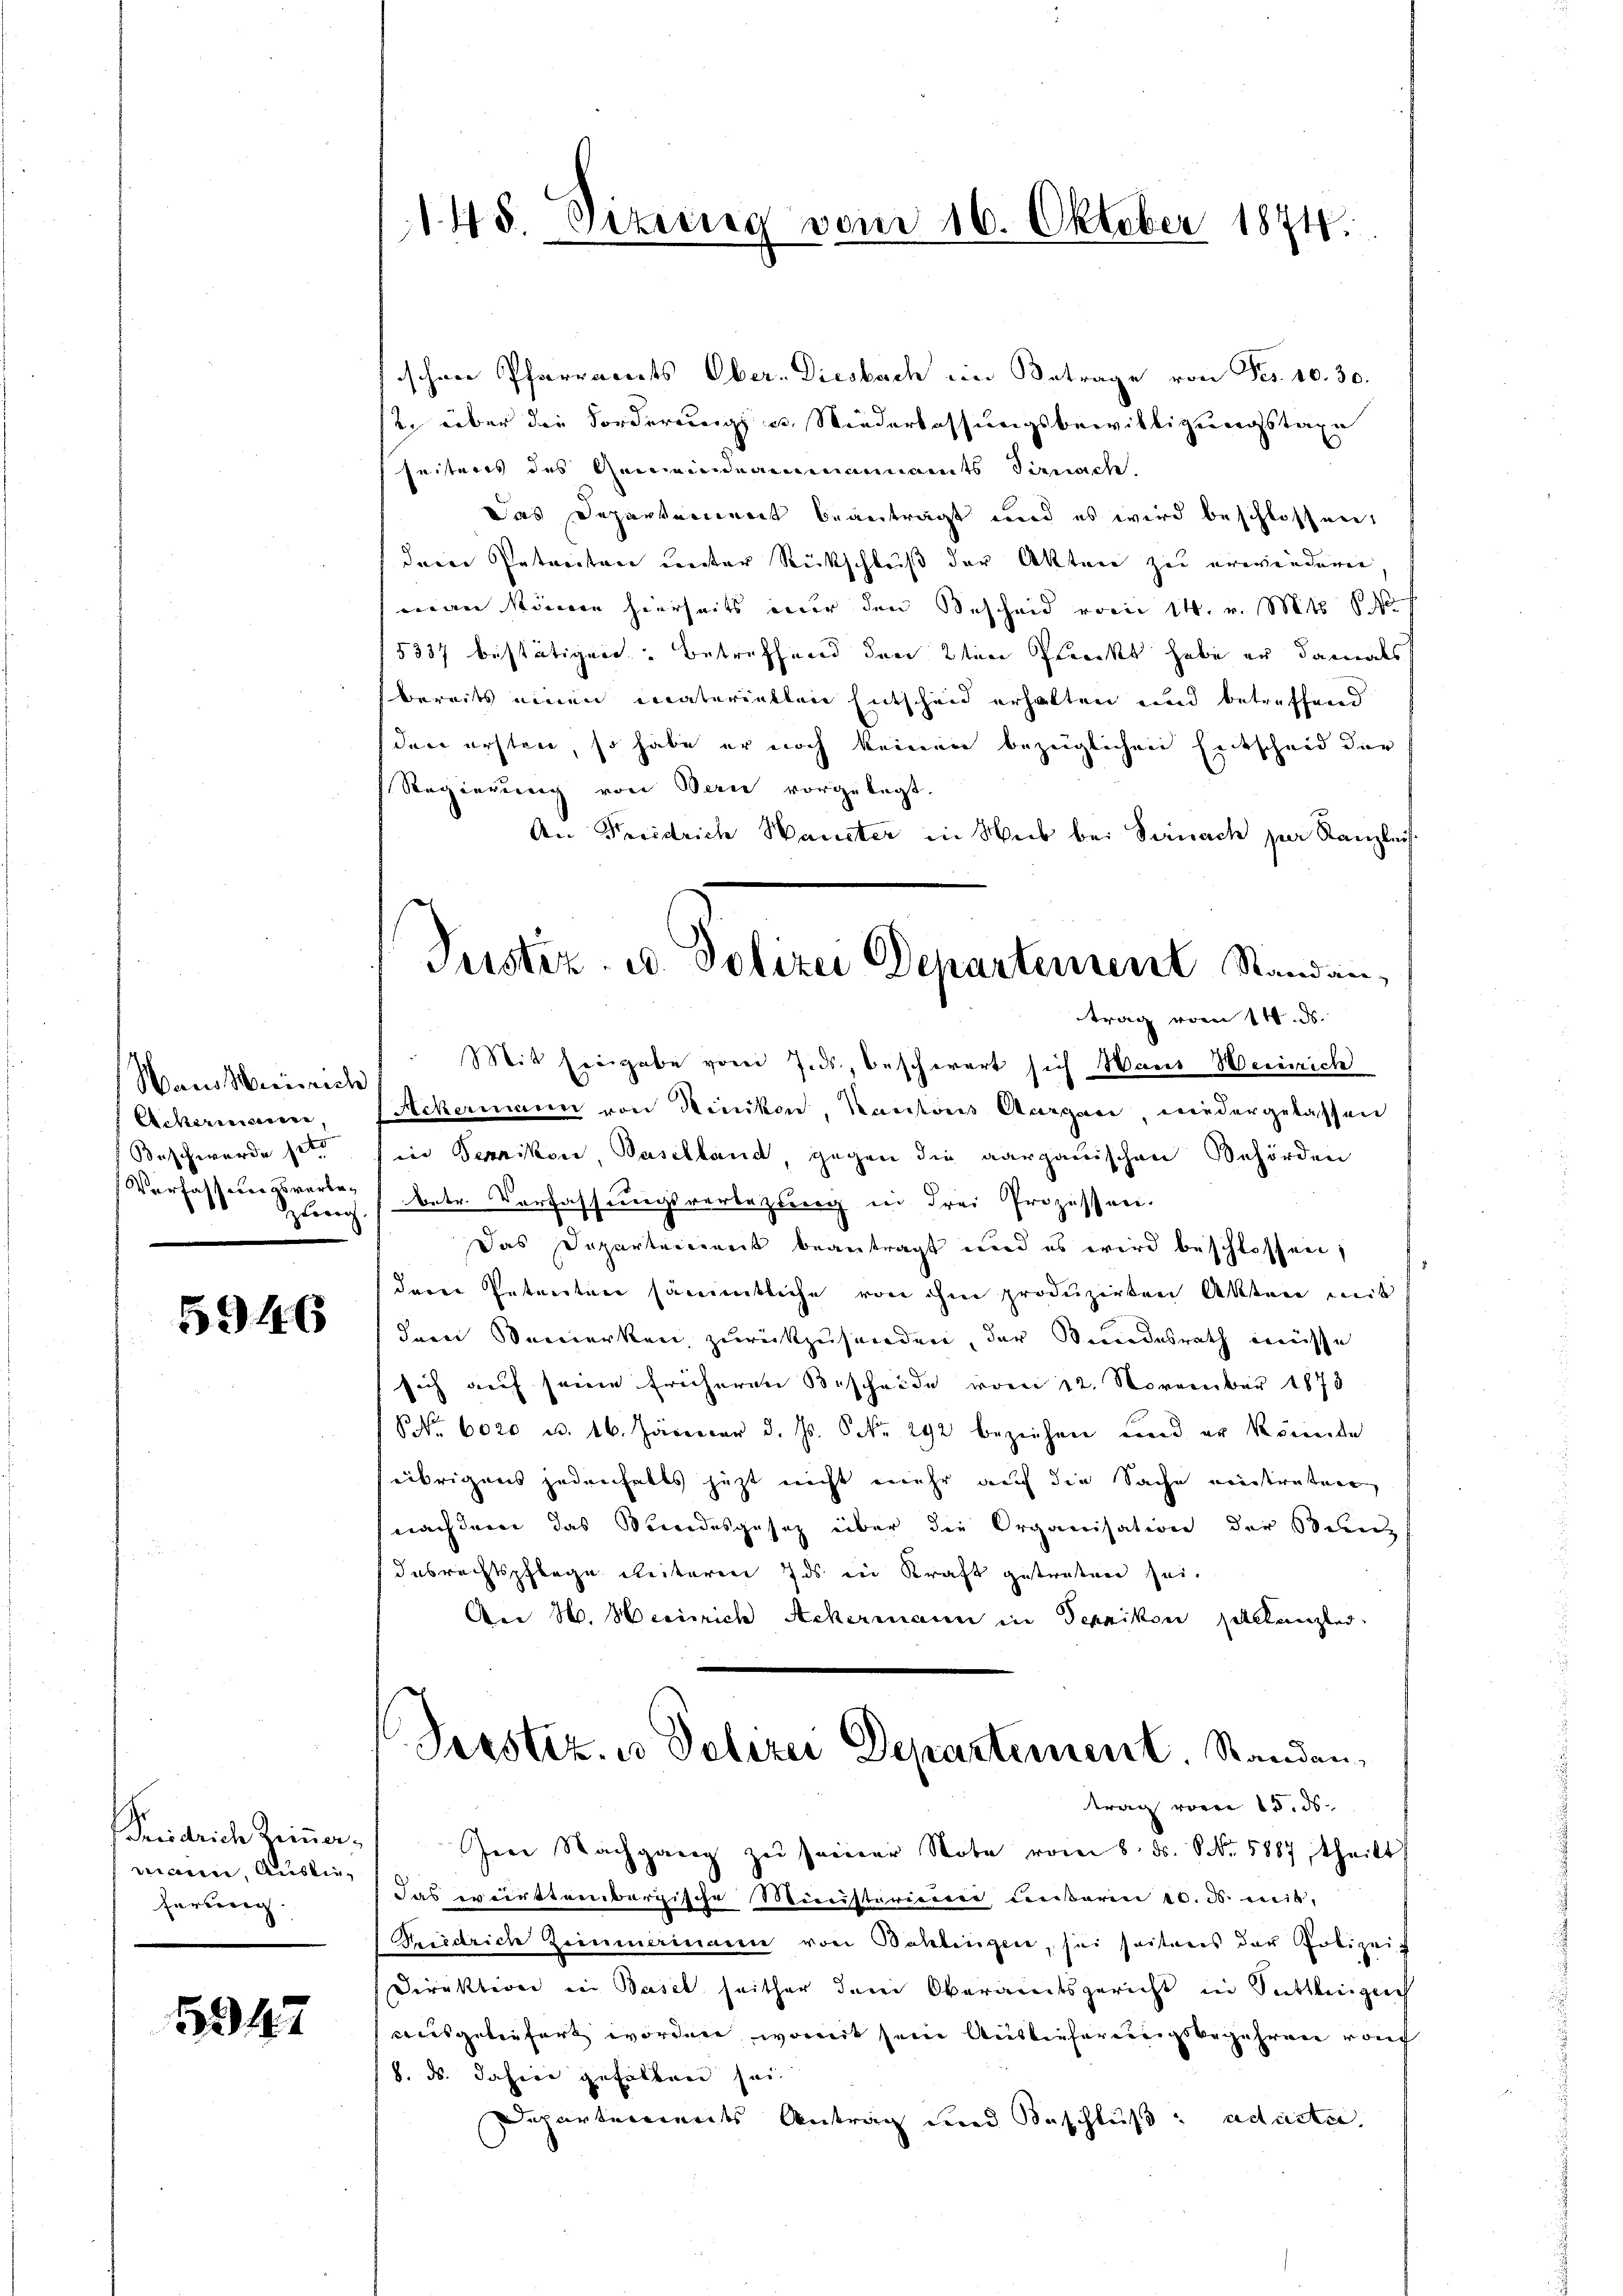
Wans Weinrich
Ackermann,
Beschwerde setz
Verfassungsverbezung

5946

Friedrich Zimmer.
rianne, Auslieherung.

5947

148. Sizung vom 16. Oktober 1874.

schen Pfarraents Ober- Diesbach ein Betrage von Fes. 10. 30.
s2. über die Forderung u. Niederlassungsbewilligungstaxe
u
seiteres des Gemeindeammannamts Sirnach
Das Departement beantragt und es wird beschlossen:
dere Petenten unter Rückschluß der Akten zu erwindern,
man könne hierseits nur den Bescheid vom 14. v. Mts. 1
5337 bestätigen. Betreffend den 2ten Pleeckt habe er damals
bereits einen materietten Entscheid erhalten und betreffend
dere ersten, so habe er noch keinen bezeiglichen Entscheid der
Regierung von Bern vorgelegt.
An Fridrich Hauster in Weib bei Sirnach zur Kanzleis
Mit Eingabe von J.ds, beschwert sich Haus Wernich
Ackermann von Hinikon, Kantons Aargau niedergelassen
in Termikon, Paselland, gegen die aargauischen Behörden
 betr. Verfassungsvertezung in drei Prozessen.
Das Departeiierit beantragt und es wird beschlossen,
dem Petenten sämmtliche von ihm produzirten Akten mit
dem Bemerken zurückzusenden, der Bundesrath müsse
sich auf seine früheren Bescheide vom 12. November 1873
P. Nr. 6020 u. 16. Jänecar d. Js. S. Nr. 292 beziehen und er könnte
übrigens jedenfalls jetzt nicht mehr auf die Sache eintratier
nachdem das Bundesgesetz über die Organisation der Sienz
desrechtspflege Reiteren ds in Kraft getreten sei.
An H. Heinrich Ackermann in Tepnikon solltanzlei.
Prestiz, u. Polizei Departement. Standen,
trag vor 15. ds.
Ire Nachgang zŭ seiner Note vom 8. ds. NNo. 5887 theilt
Das weittenergische Ministerium unserm 10. ds. mit-
Friedrich Zimmerinam von Bahlingen, sei seitens der Polizeis
Direktion in Basel seither dem Oberamtsgericht in Sattlinglich
ausgeliefert worden, womit sein Auslieferungsbegehren von
8. ds. dahier gehalten sei.
Departements Antrag und Beschluß ad acte.

Justiz- u. Polizei Departement Standen,
trag vom 14. ds.